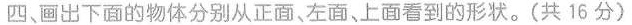
四、画出下面的物体分别从正面，左面、上面看到的形状。(共16分)